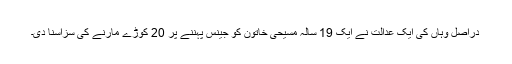
دراصل وہاں کی ایک عدالت نے ایک 19 سالہ مسیحی خاتون کو جینس پہننے پر 20 کوڑے مارنے کی سزاسنا دی۔